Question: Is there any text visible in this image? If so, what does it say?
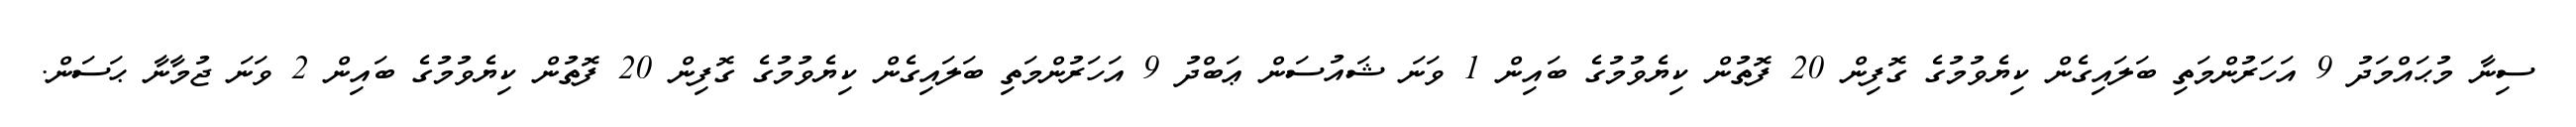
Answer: ސިނާ މުޙައްމަދު 9 އަހަރުންމަތި ބަލައިގެން ކިޔެވުމުގެ ގޮފިން 20 ފޮތުން ކިޔެވުމުގެ ބައިން 1 ވަނަ ޝައުސަން ޢަބްދު 9 އަހަރުންމަތި ބަލައިގެން ކިޔެވުމުގެ ގޮފިން 20 ފޮތުން ކިޔެވުމުގެ ބައިން 2 ވަނަ ޖުމާނާ ޙަސަން.